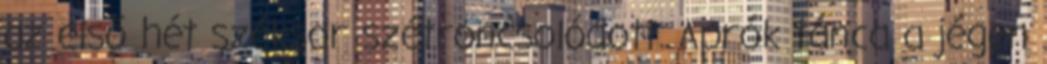
az első hét széksor szétroncsolódott. Aprók tánca a jégen